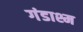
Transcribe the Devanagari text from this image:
गंडाश्म